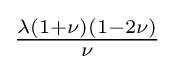
{\tfrac {\lambda (1+\nu )(1-2\nu )}{\nu }}